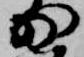
少